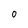
Character: 0